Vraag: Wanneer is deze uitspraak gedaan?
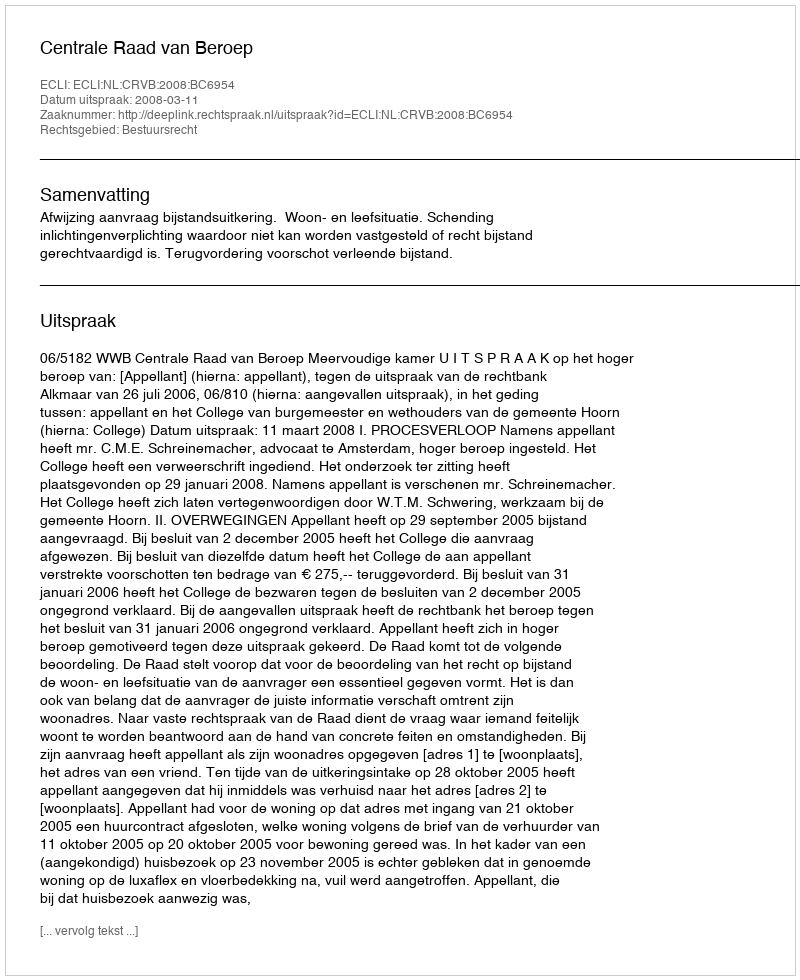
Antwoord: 2008-03-11